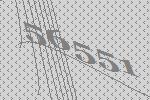
56551